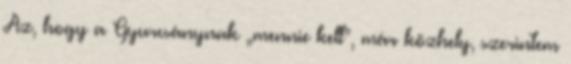
Az, hogy a Gyurcsánynak „mennie kell”, már közhely, szerintem